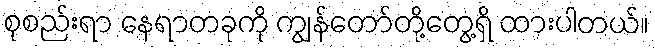
စုစည်းရာ နေရာတခုကို ကျွန်တော်တို့တွေ့ရှိ ထားပါတယ်။